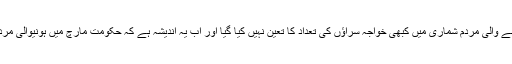
درخواست گزار نے نشاندہی کی تھی کہ اب تک ہونے والی مردم شماری ميں کبھی خواجہ سراؤں کی تعداد کا تعین نہیں کیا گیا اور اب یہ اندیشہ ہے کہ حکومت مارچ میں ہونیوالی مردم شماری میں خواجہ سراوں کو شامل نہیں کر رہی۔